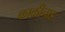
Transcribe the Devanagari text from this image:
काकीनाड